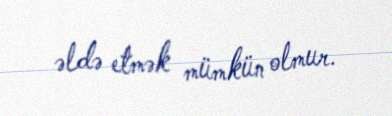
əldə etmək mümkün olmur.